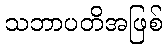
သဘာပတိအဖြစ်